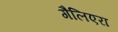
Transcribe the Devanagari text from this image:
गैलिएरा